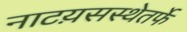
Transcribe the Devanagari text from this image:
नाटय़सस्थेतर्फे